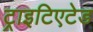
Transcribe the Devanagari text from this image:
ट्राइटिएटेड